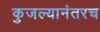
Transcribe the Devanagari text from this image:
कुजल्यानंतरच